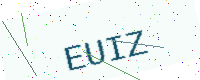
Text: EUIZ